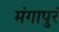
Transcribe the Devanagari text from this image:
मंगापुरं